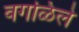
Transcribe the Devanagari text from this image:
वगळिले